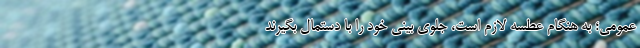
عمومی؛ به‌ هنگام عطسه لازم است، جلوی بینی خود را با دستمال بگیرند